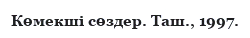
Көмекші сөздер. Таш., 1997.